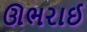
ઊભરાઈ